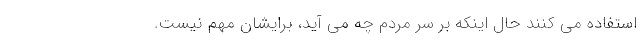
استفاده می کنند حال اینکه بر سر مردم چه می آید، برایشان مهم نیست.